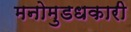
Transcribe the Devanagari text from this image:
मनोमुडधकारी